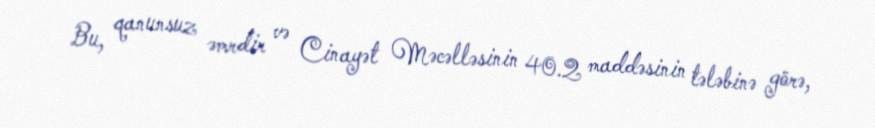
Bu, qanunsuz əmrdir və Cinayət Məcəlləsinin 40.2 maddəsinin tələbinə görə,